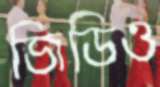
জিডিও